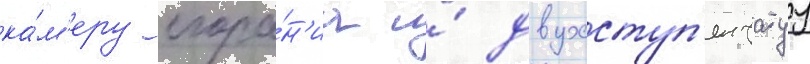
ка́м'еру сгора́н'иа и́ двухступ'енчатуу